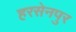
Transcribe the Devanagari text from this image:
हरसेनपुर